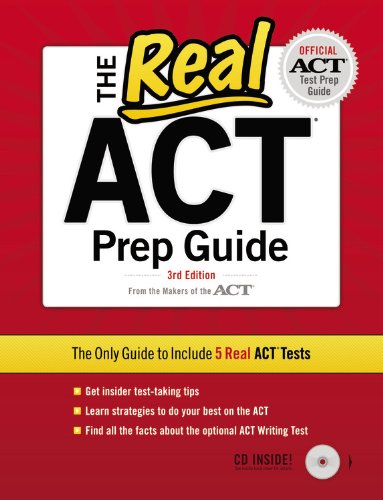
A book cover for The Real ACT (CD) 3rd Edition (Real Act Prep Guide); ACT; Test Preparation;